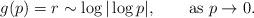
LaTeX: \begin{align*} g(p)=r \sim \log|\log p|, \qquad\textrm{as } p\to 0.\end{align*}